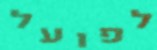
לפועל